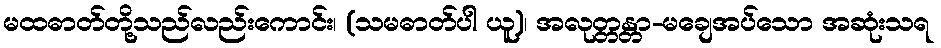
မထဓာတ်တို့သည်လည်းကောင်း၊ (သမဓာတ်ပါ ယူ)၊ အလုတ္တန္တာ-မချေအပ်သော အဆုံးသရ